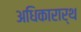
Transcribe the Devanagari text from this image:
अधिकारार्थ